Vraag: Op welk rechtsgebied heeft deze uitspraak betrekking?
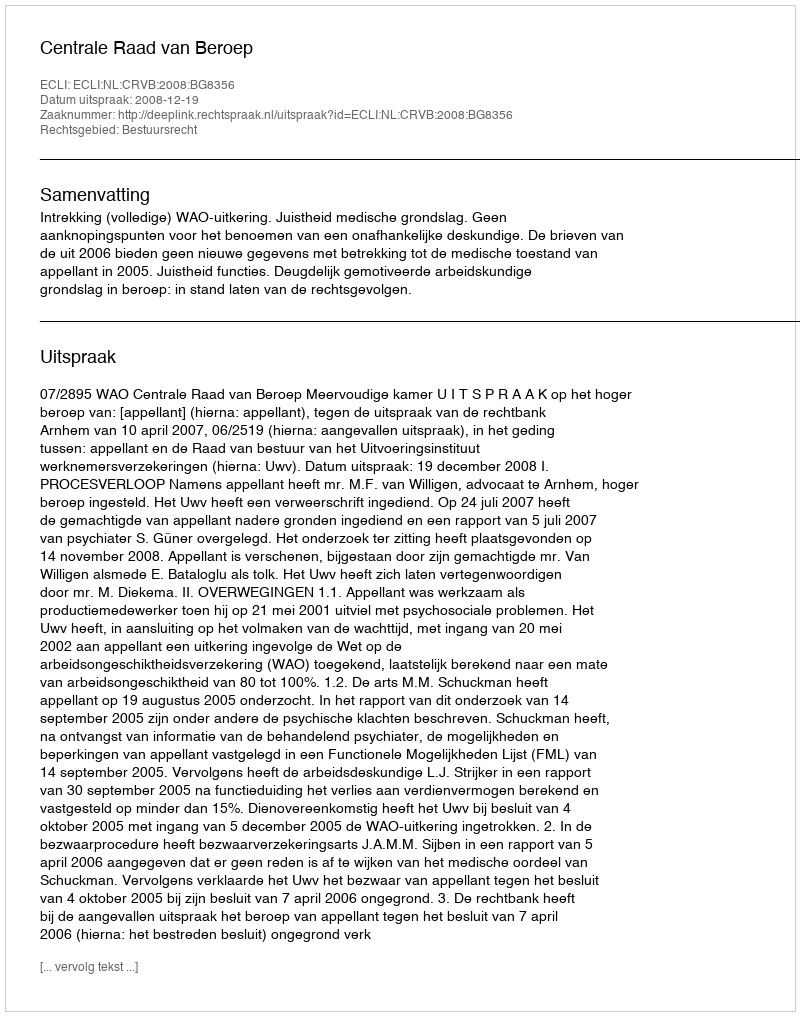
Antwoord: Bestuursrecht